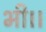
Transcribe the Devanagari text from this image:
भी।।